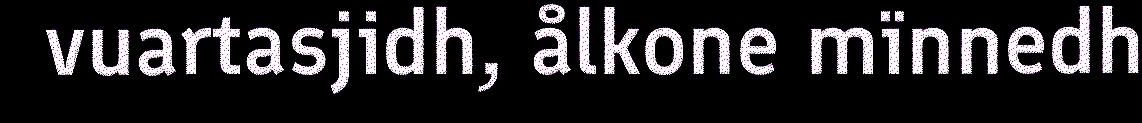
vuartasjidh, ålkone mïnnedh